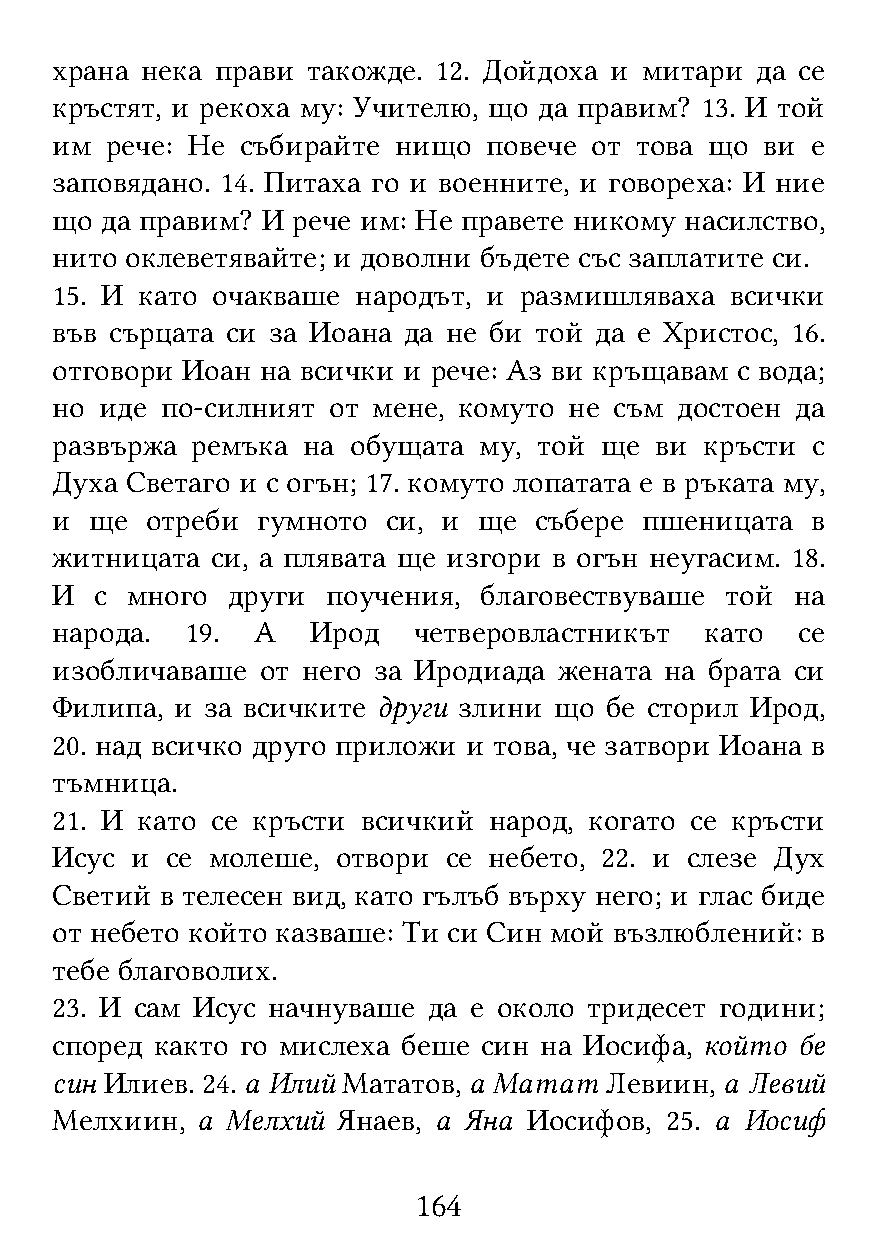
храна нека прави такожде. 12. Дойдоха и митари да се
 кръстят, и рекоха му: Учителю, що да правим? 13. И той
 им  рече: Не събирайте нищо  повече от това що  ви е
 заповядано. 14. Питаха го и военните, и говореха: И ние
 що  да правим? И рече им: Не правете никому насилство,
 нито оклеветявайте; и доволни бъдете със заплатите си.
 15. И като очакваше  народът, и размишляваха всички
 във сърцата си за Иоана да не би той да е Христос, 16.
 отговори Иоан на всички и рече: Аз ви кръщавам с вода;
 но  иде по-силният от мене, комуто не съм достоен да
 развържа  ремъка на обущата  му, той ще ви  кръсти с
 Духа Светаго и с огън; 17. комуто лопатата е в ръката му,
 и  ще  отреби гумното  си, и ще събере пшеницата   в
 житницата  си, а плявата ще изгори в огън неугасим. 18.
 И  с много  други  поучения, благовествуваше той  на
 народа.  19.  А   Ирод  четверовластникът   като  се
 изобличаваше  от него за Иродиада жената на брата си
 Филипа,  и за всичките други злини що бе сторил Ирод,
 20. над всичко друго приложи и това, че затвори Иоана в
 тъмница.
 21. И като се кръсти всичкий народ, когато се кръсти
 Исус  и се молеше, отвори се небето, 22. и слезе Дух
 Светий  в телесен вид, като гълъб върху него; и глас биде
 от небето който казваше: Ти си Син мой възлюблений: в
 тебе благоволих.
 23. И сам Исус начнуваше да е около тридесет години;
 според както го мислеха беше син на Иосифа, който бе
 син Илиев. 24. а Илий Мататов, а Матат Левиин, а Левий
 Мелхиин,  а Мелхий Янаев, а Яна Иосифов, 25. а Иосиф
 164